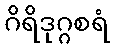
ဂိရိဒုဂ္ဂစရံ